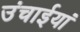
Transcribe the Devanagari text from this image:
उंचाईयां